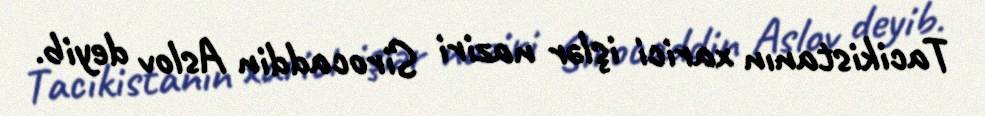
Tacikistanın xarici işlər naziri Sirocaddin Aslov deyib.